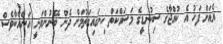
އެއަށް ފަހު އެ ކުއްޖާގެ ސިކުނޑީގެ މަސައްކަތް ހިނގައިގަތުމަށް ދެން ބޭނުންވަނީ އަނެއްކާވެސް